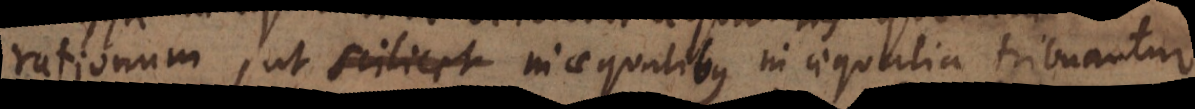
rationum, ut scilicet inaequalibus inaequalia tribuantur